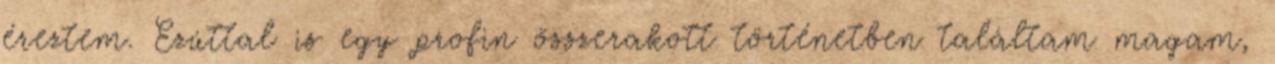
éreztem. Ezúttal is egy profin összerakott történetben találtam magam,